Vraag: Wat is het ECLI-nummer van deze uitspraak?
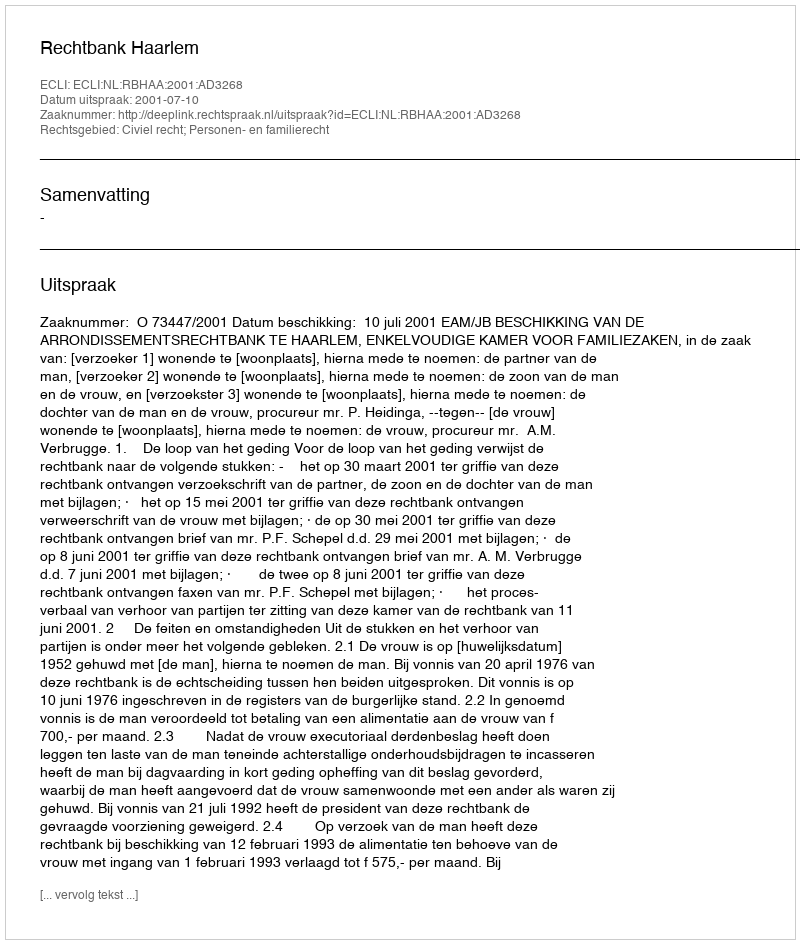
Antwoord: ECLI:NL:RBHAA:2001:AD3268